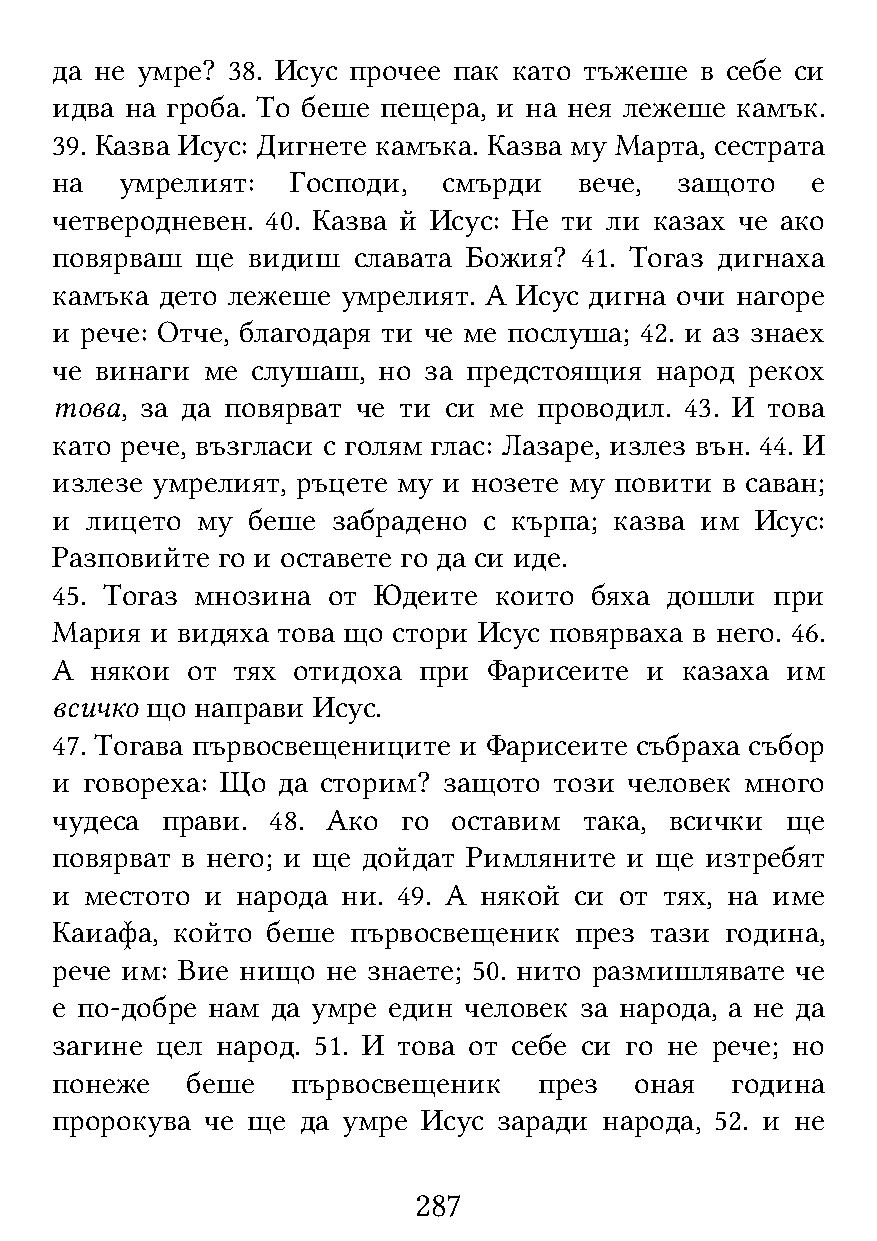
да не умре? 38. Исус прочее пак като тъжеше в себе си
 идва на гроба. То беше пещера, и на нея лежеше камък.
 39. Казва Исус: Дигнете камъка. Казва му Марта, сестрата
 на   умрелият:  Господи,  смърди   вече,  защото   е
 четверодневен. 40. Казва й Исус: Не ти ли казах че ако
 повярваш  ще видиш  славата Божия? 41. Тогаз дигнаха
 камъка  дето лежеше умрелият. А Исус дигна очи нагоре
 и рече: Отче, благодаря ти че ме послуша; 42. и аз знаех
 че винаги ме  слушаш, но за предстоящия народ  рекох
 това, за да повярват че ти си ме проводил. 43. И това
 като рече, възгласи с голям глас: Лазаре, излез вън. 44. И
 излезе умрелият, ръцете му и нозете му повити в саван;
 и  лицето му беше  забрадено с кърпа; казва им Исус:
 Разповийте го и оставете го да си иде.
 45. Тогаз мнозина  от Юдеите  които бяха дошли  при
 Мария  и видяха това що стори Исус повярваха в него. 46.
 А  някои от тях отидоха  при Фарисеите  и казаха им
 всичко що направи Исус.
 47. Тогава първосвещениците и Фарисеите събраха събор
 и говореха: Що да сторим? защото  този человек много
 чудеса  прави. 48. Ако  го оставим  така, всички ще
 повярват в него; и ще дойдат Римляните и ще изтребят
 и  местото и народа ни. 49. А някой си от тях, на име
 Каиафа, който  беше първосвещеник  през тази година,
 рече им: Вие нищо  не знаете; 50. нито размишлявате че
 е по-добре нам да умре един человек за народа, а не да
 загине цел народ. 51. И това от себе си го не рече; но
 понеже   беше   първосвещеник    през  оная  година
 пророкува  че ще да умре Исус заради народа, 52. и не
 287